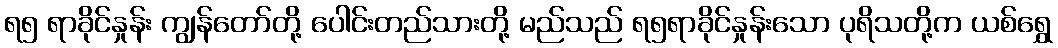
ရ၅ ရာခိုင်နှုန်း ကျွန်တော်တို့ ပေါင်းတည်သားတို့ မည်သည် ရ၅ရာခိုင်နှုန်းသော ပုရိသတို့က ယစ်ရွှေ